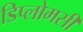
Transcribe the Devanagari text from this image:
डिप्लोमसी